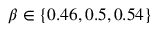
\beta \in \{ 0 . 4 6 , 0 . 5 , 0 . 5 4 \}